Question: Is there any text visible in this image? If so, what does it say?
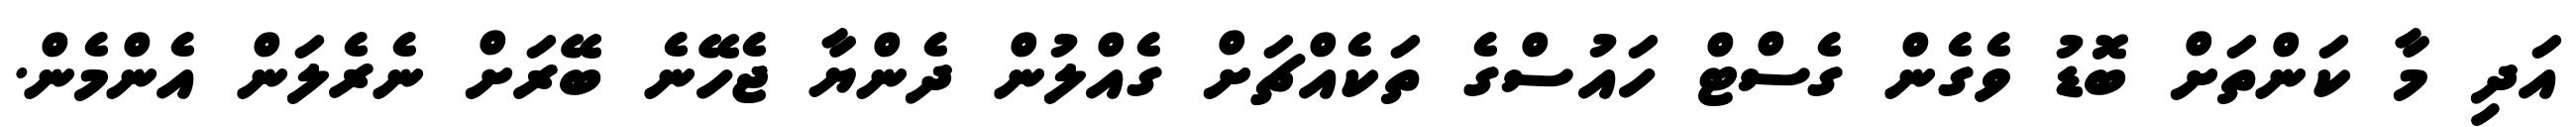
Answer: އަދި މާ ކަންތަށް ބޮޑު ވެގެން ގެސްޓް ހައުސްގެ ތަކެއްޗަށް ގެއްލުން ދެންޔާ ޖެހޭނެ ބޭރަށް ނެރެލަން އެންމެން.